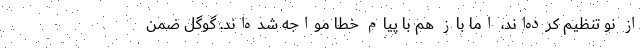
از نو تنظیم کرده‌اند، اما باز هم با پیام خطا مواجه شده‌اند. گوگل ضمن